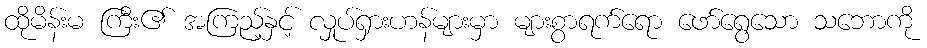
ထိုမိန်းမ ကြီး၏ အကြည့်နှင့် လှုပ်ရှားဟန်များမှာ များစွာရက်ရော ဖော်ရွေသော သဘောကို